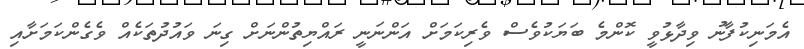
އެމަނިކުފާނު ވިދާޅުވީ ކޮންމެ ބަޔަކުވެސް ވެރިކަމަށް އަންނަނީ ރައްޔިތުންނަށް ގިނަ ވައުދުތަކެއް ވެގެންކަމަށާއި